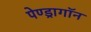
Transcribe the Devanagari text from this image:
पेण्ड्रागॉन